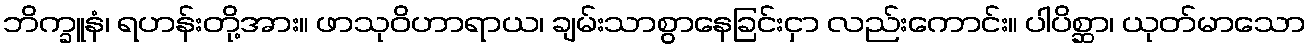
ဘိက္ခူနံ၊ ရဟန်းတို့အား။ ဖာသုဝိဟာရာယ၊ ချမ်းသာစွာနေခြင်းငှာ လည်းကောင်း။ ပါပိစ္ဆာ၊ ယုတ်မာသော